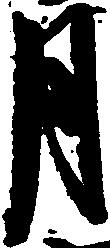
月